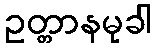
ဥတ္တာနမုခါ